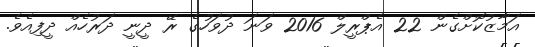
އަމާޒުކޮށްގެން 22 އެޕްރީލް 2016 ވަނަ ދުވަހުގެ ރޭ ދީނީ ދަރުހެއް ދީފިއެވެ.